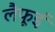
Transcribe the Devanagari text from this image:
लैफूई